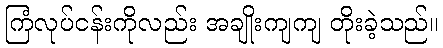
ကြံလုပ်ငန်းကိုလည်း အချိုးကျကျ တိုးခဲ့သည်။